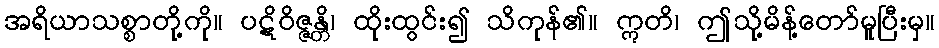
အရိယာသစ္စာတို့ကို။ ပဋိဝိဇ္ဇန္တိ၊ ထိုးထွင်း၍ သိကုန်၏။ ဣတိ၊ ဤသို့မိန့်တော်မူပြီးမှ။